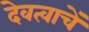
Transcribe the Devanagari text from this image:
देवत्वाचें